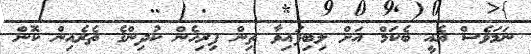
ނަމަވެސް އެއީ ބެކަމް އަށް ލިބިފައިވާ ތިން ފިރިހެން ކުދިންގެ ތެރެއިން ކޮން